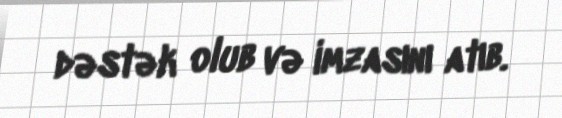
dəstək olub və imzasını atıb.